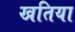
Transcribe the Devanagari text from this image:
खतिया